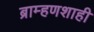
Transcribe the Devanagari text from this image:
ब्राम्हणशाही